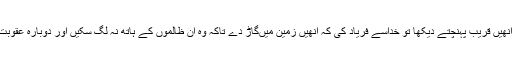
کنیز لڑکیوں نے جب انھیں قریب پہنچتے دیکھا تو خداسے فریاد کی کہ انھیں زمین میںگاڑ دے تاکہ وہ ان ظالموں کے ہاتھ نہ لگ سکیں اور دوبارہ عقوبت وعذ اب میں نہ پڑیں۔